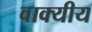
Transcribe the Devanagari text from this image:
वाक्यीय